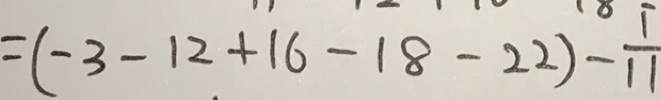
= ( - 3 - 1 2 + 1 6 - 1 8 - 2 2 ) - \frac { 1 } { 1 1 }